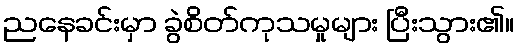
ညနေခင်းမှာ ခွဲစိတ်ကုသမှုများ ပြီးသွား၏။